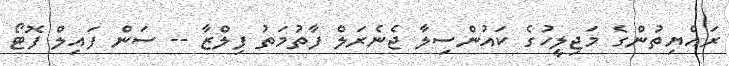
ރައްޔިތުންގެ މަޖިލީހުގެ ކައުންސިލާ ޖެނެރަލް ފާތުމަތު ފިލްޒާ -- ސަން ފައިލް ފޮޓޯ